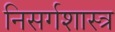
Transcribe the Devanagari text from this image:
निसर्गशास्त्र